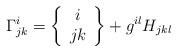
\begin{align*}\Gamma^{i}_{jk} = \left\{ \begin{array}{c} i \\ jk \end{array} \right\}+g^{il}H_{jkl}\end{align*}